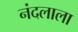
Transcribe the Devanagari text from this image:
नंदलाला